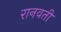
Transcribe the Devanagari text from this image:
रानवती